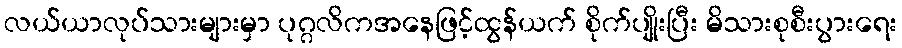
လယ်ယာလုပ်သားများမှာ ပုဂ္ဂလိကအနေဖြင့်ထွန်ယက် စိုက်ပျိုးပြီး မိသားစုစီးပွားရေး